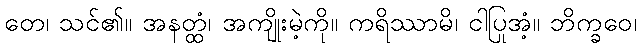
တေ၊ သင်၏။ အနတ္ထံ၊ အကျိုးမဲ့ကို။ ကရိဿာမိ၊ ငါပြုအံ့။ ဘိက္ခဝေ၊